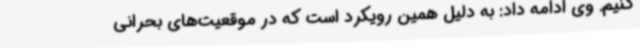
کنیم. وی ادامه داد: به دلیل همین رویکرد است که در موقعیت‌های بحرانی